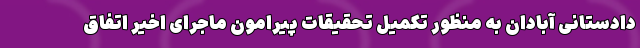
دادستانی آبادان به منظور تکمیل تحقیقات پیرامون ماجرای اخیر اتفاق